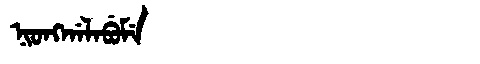
Manchu: ᠨᡳᠣᠩᡤᠠᠯᠠᠪᡠᠮᡝ
Romanization: NIONGGALABUME